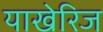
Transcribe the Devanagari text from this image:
याखेरिज